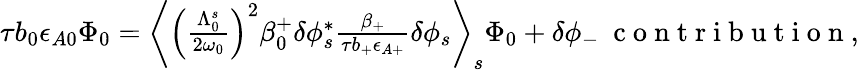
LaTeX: \begin{array}{r}{\tau b_{0}\epsilon_{A0}\Phi_{0}=\left\langle\left(\frac{\Lambda_{0}^{s}}{2\omega_{0}}\right)^{2}\beta_{0}^{+}\delta\phi_{s}^{*}\frac{\beta_{+}}{\tau b_{+}\epsilon_{A+}}\delta\phi_{s}\right\rangle_{s}\Phi_{0}+\delta\phi_{-}\ \mathrm{~c~o~n~t~r~i~b~u~t~i~o~n~},}\end{array}